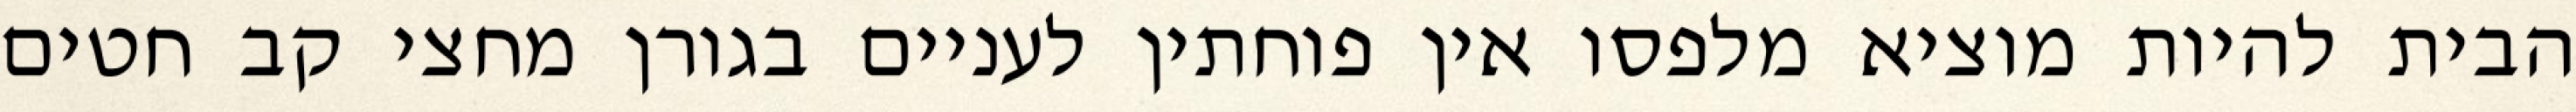
הבית להיות מוציא מלפסו אין פוחתין לעניים בגורן מחצי קב חטים